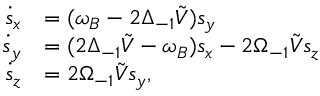
\begin{array} { r l } { \dot { s } _ { x } } & { = ( \omega _ { B } - 2 \Delta _ { - 1 } \tilde { V } ) s _ { y } } \\ { \dot { s } _ { y } } & { = ( 2 \Delta _ { - 1 } \tilde { V } - \omega _ { B } ) s _ { x } - 2 \Omega _ { - 1 } \tilde { V } s _ { z } } \\ { \dot { s } _ { z } } & { = 2 \Omega _ { - 1 } \tilde { V } s _ { y } , } \end{array}